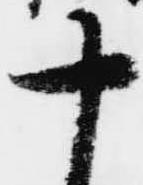
十